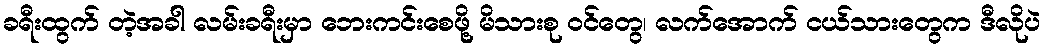
ခရီးထွက် တဲ့အခါ လမ်းခရီးမှာ ဘေးကင်းစေဖို့ မိသားစု ဝင်တွေ၊ လက်အောက် ငယ်သားတွေက ဒီလိုပဲ